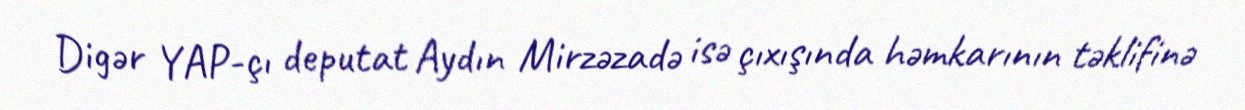
Digər YAP-çı deputat Aydın Mirzəzadə isə çıxışında həmkarının təklifinə